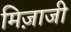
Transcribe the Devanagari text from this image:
मिज़ाजी